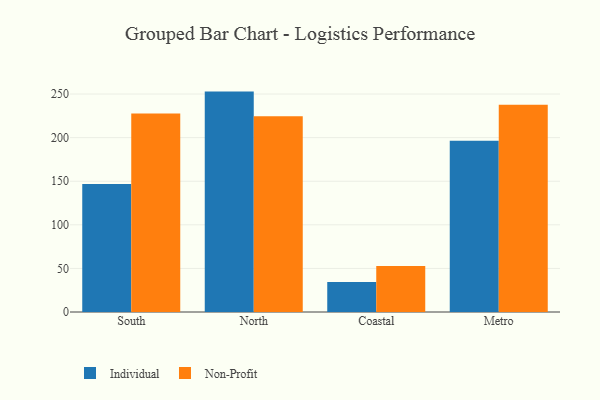
{"axis": {"x": "Region", "y": "Conversion Rate (%)"}, "legend": ["Individual", "Non-Profit"], "data": [{"x": "South", "y": 146.7, "type": "Individual"}, {"x": "South", "y": 227.6, "type": "Non-Profit"}, {"x": "North", "y": 252.8, "type": "Individual"}, {"x": "North", "y": 224.5, "type": "Non-Profit"}, {"x": "Coastal", "y": 34.4, "type": "Individual"}, {"x": "Coastal", "y": 52.7, "type": "Non-Profit"}, {"x": "Metro", "y": 196.4, "type": "Individual"}, {"x": "Metro", "y": 237.8, "type": "Non-Profit"}]}